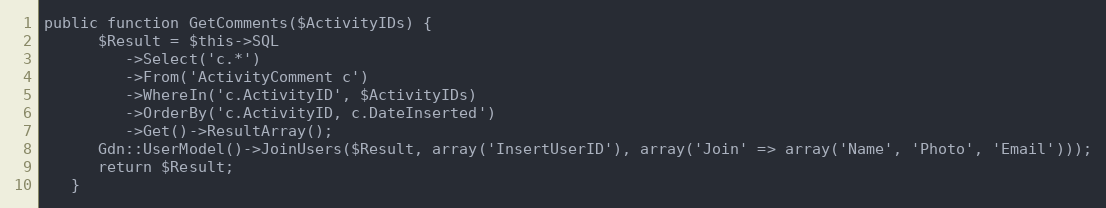
Language: PHP
public function GetComments($ActivityIDs) {
      $Result = $this->SQL
         ->Select('c.*')
         ->From('ActivityComment c')
         ->WhereIn('c.ActivityID', $ActivityIDs)
         ->OrderBy('c.ActivityID, c.DateInserted')
         ->Get()->ResultArray();
      Gdn::UserModel()->JoinUsers($Result, array('InsertUserID'), array('Join' => array('Name', 'Photo', 'Email')));
      return $Result;
   }